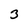
Character: 3